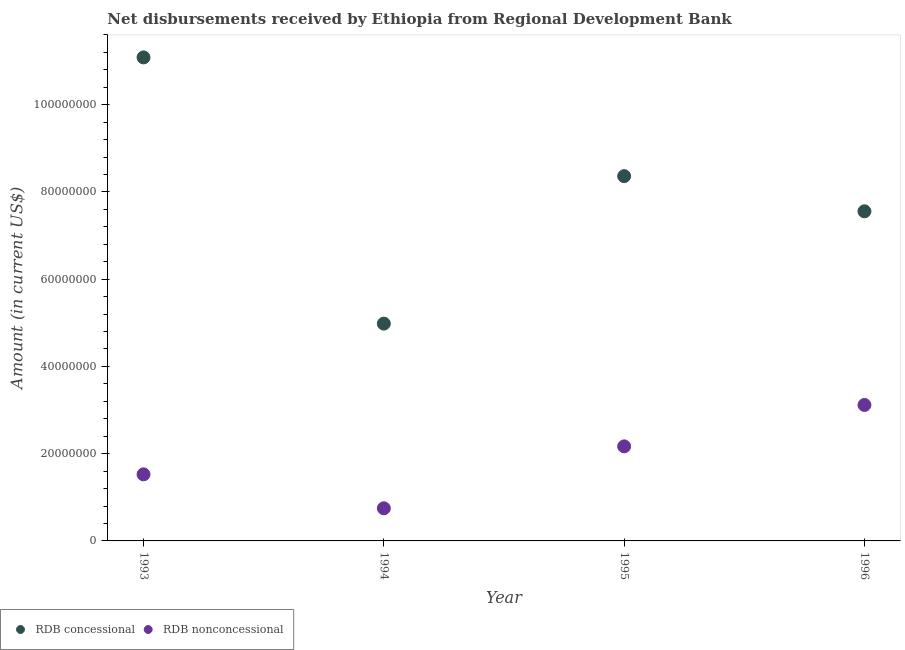
| Year | RDB concessional | RDB nonconcessional |
 | --- | --- | --- |
 | 1993 | 1.11e+08 | 1.53e+07 |
 | 1994 | 4.98e+07 | 7.48e+06 |
 | 1995 | 8.36e+07 | 2.17e+07 |
 | 1996 | 7.56e+07 | 3.12e+07 |